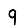
Digit: 9